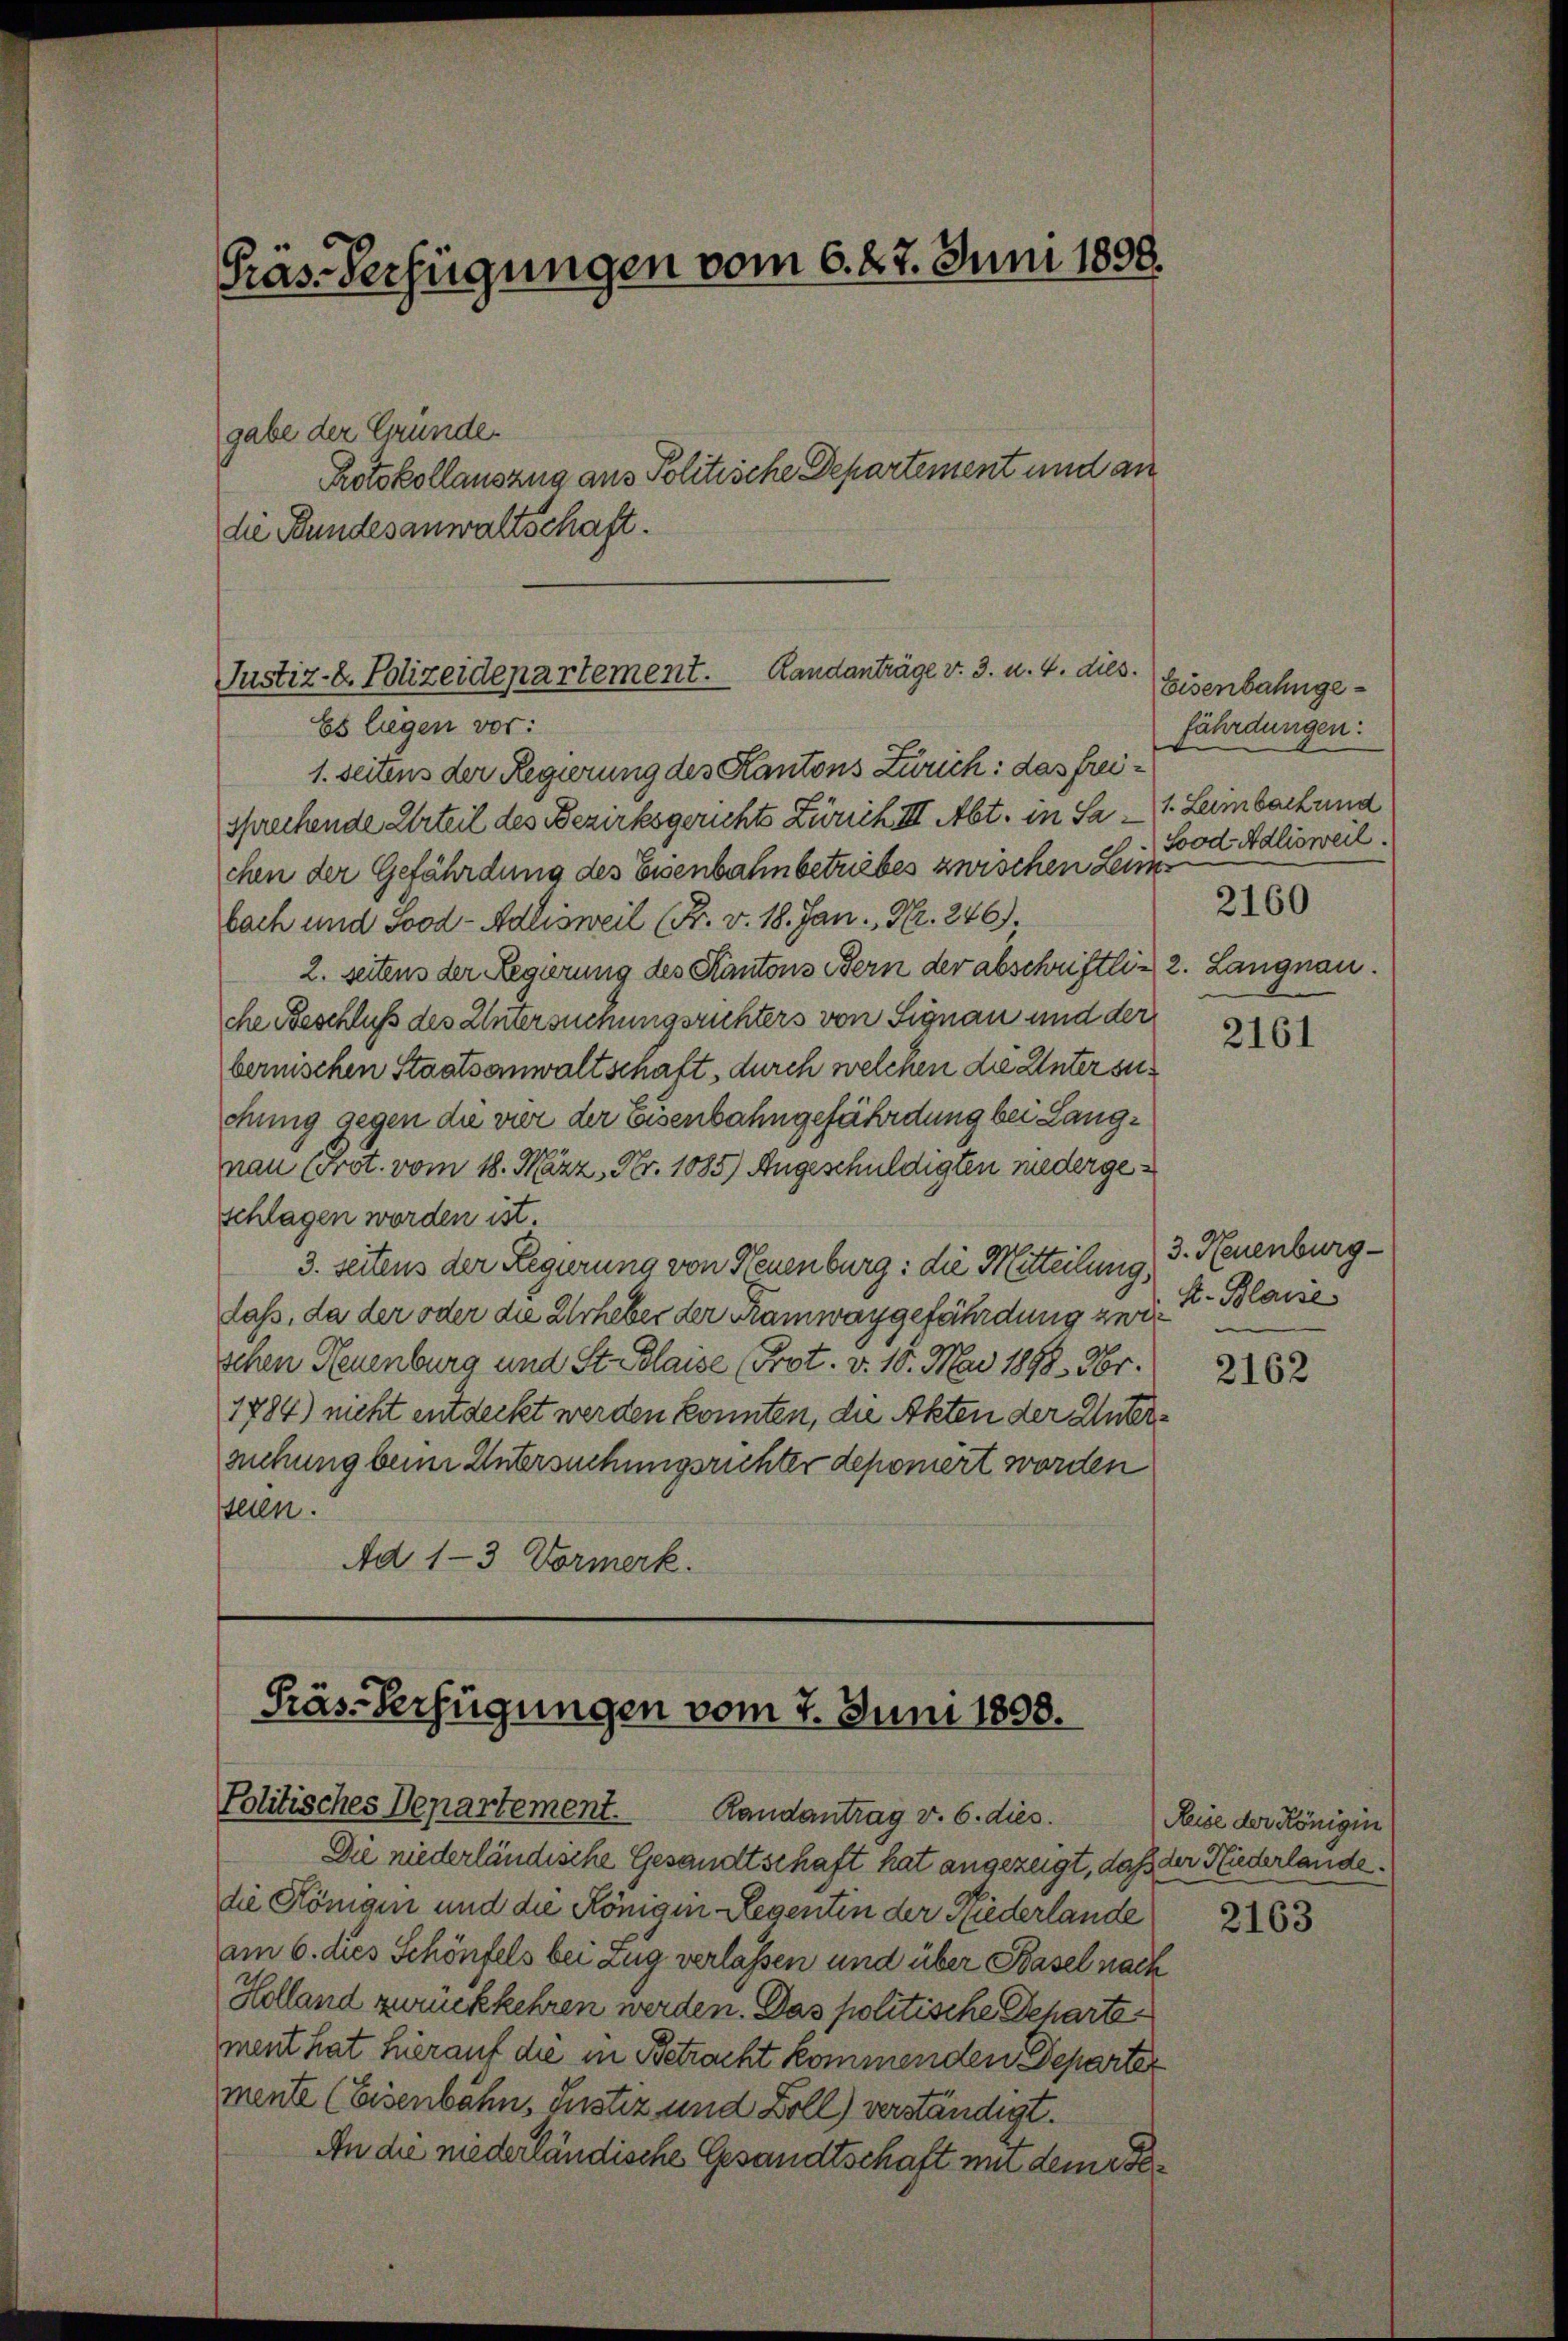
Präs.-Verfügungen vom 6. 22. Juni 1898.

gabe der Gründe
Protokollauszug aus Politische Departement und an
die Bundesanwaltschaft.
Es liegen vor:
1. Seitens der Regierung des Kantons Zürich: das freisprechende Urteil des Bezirksgerichts Zürich III. Abt. in Sa- 1. Lambach und
chen der Gefährdung des Eisenbahnbetriebes zwischen Leim
bach und Sood- Adlisweil (Fr. v. 18. Jan. Nr. 246).
2. Seitens der Regierung des Kantons Bern der abschriftlich 2. Langnau.
che Beschluß des Untersuchungsrichters von Signau und der
bernischen Staatsanwaltschaft, durch welchen die Untersuchung gegen die vier der Eisenbahngefährdung bei Langnau (Prot. vom 18. März, Nr. 1085) Angeschuldigten niedergeschlagen worden ist.
3. Seitens der Regierung von Neuenburg: die Mitteilung,
daß, da der oder die Urheber der Ramway gefährdung zwei
schen Neuenburg und St. Blaise (Prot. v. 10. Mai 1898. Xbr.
1784) nicht entdeckt werden konnten, die Akten der Untersuchung beim Untersuchungsrichter deponiert worden
steten.
Ad 1-3 Vormerk.

Randanträge v. 3. u. 4. dies.
Justiz-8. Polizeidepartement.

Präs. Verfügungen vom 7. Juni 1808.
Politisches Departement.
Randantrag v. 6. dies

Die niederländische Gesandtschaft hat angezeigt, daß der Niederlandedie Königen und die Königen Regentin der Niederlande
am 6. dies Schönfels bei Zug verlassen und über Basel nach
Holland zurückkehren werden. Das politische Behartement hat hierauf die in Betracht kommenden Departer
mente (Eisenbahn, Justiz und Boll) verständigt.
An die niederländische Gesandtschaft um dem Ge¬

Eisenbahngefährdungen:
Sood Adlisweil.
2160

2161

3. Neuenburg
S. Blasse

2162

Reise der Königin

2163